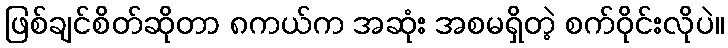
ဖြစ်ချင်စိတ်ဆိုတာ ၈ကယ်က အဆုံး အစမရှိတဲ့ စက်ဝိုင်းလိုပဲ။